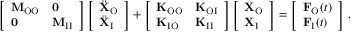
\left[ \begin{array} { l l } { \mathbf { M } _ { \mathrm { O O } } } & { \mathbf { 0 } } \\ { \mathbf { 0 } } & { \mathbf { M } _ { \mathrm { I I } } } \end{array} \right] \left[ \begin{array} { l } { \ddot { \mathbf { X } } _ { \mathrm { O } } } \\ { \ddot { \mathbf { X } } _ { \mathrm { I } } } \end{array} \right] + \left[ \begin{array} { l l } { \mathbf { K } _ { \mathrm { O O } } } & { \mathbf { K } _ { \mathrm { O I } } } \\ { \mathbf { K } _ { \mathrm { I O } } } & { \mathbf { K } _ { \mathrm { I I } } } \end{array} \right] \left[ \begin{array} { l } { \mathbf { X } _ { \mathrm { O } } } \\ { \mathbf { X } _ { \mathrm { I } } } \end{array} \right] = \left[ \begin{array} { l } { \mathbf { F } _ { \mathrm { O } } ( t ) } \\ { \mathbf { F } _ { \mathrm { I } } ( t ) } \end{array} \right] \, .